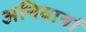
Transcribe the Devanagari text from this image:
अनिवार्या